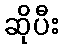
ဆိုပီး